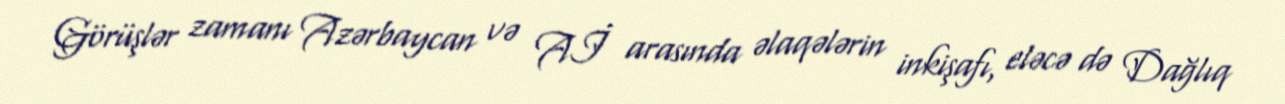
Görüşlər zamanı Azərbaycan və Aİ arasında əlaqələrin inkişafı, eləcə də Dağlıq